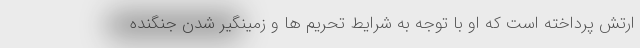
ارتش پرداخته است که او با توجه به شرایط تحریم ها و زمینگیر شدن جنگنده